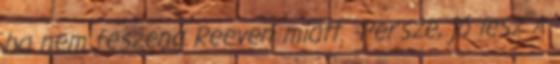
ha nem feszeng Reeven miatt. -Persze, jó lesz A